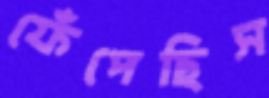
ফেঁপেছিস